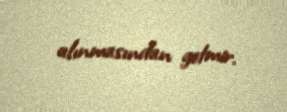
alınmasından getmir.